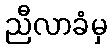
ညီလာခံမှ